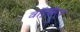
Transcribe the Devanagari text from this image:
वॉट्सएप